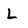
Character: L